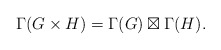
\begin{align*} \Gamma(G\times H) = \Gamma(G)\boxtimes \Gamma(H). \end{align*}